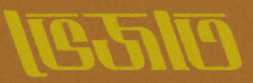
ভেজাত